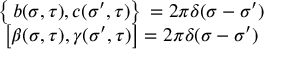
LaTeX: \begin{array} { c c } { { \left\{ \, b ( \sigma , \tau ) , c ( { \sigma } ^ { \prime } , \tau ) \right\} \, = 2 \pi \delta ( \sigma - { \sigma } ^ { \prime } ) } } & { { } } \\ { { \left[ \beta ( \sigma , \tau ) , \gamma ( { \sigma } ^ { \prime } , \tau ) \right] = 2 \pi \delta ( \sigma - { \sigma } ^ { \prime } ) } } & { { } } \end{array}